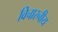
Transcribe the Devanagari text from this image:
विचारनीय